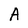
Character: A